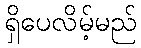
ရှိပေလိမ့်မည်